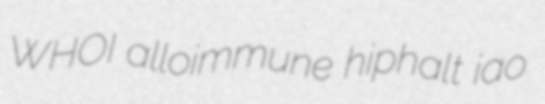
WHOI alloimmune hiphalt iao